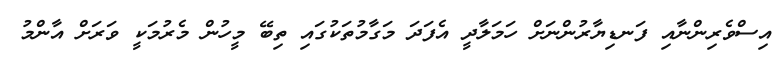
އިސްވެރިންނާއި ފަނޑިޔާރުންނަށް ހަމަލާދީ އެފަދަ މަގާމުތަކުގައި ތިބޭ މީހުން މެރުމަކީ ވަރަށް އާންމު